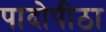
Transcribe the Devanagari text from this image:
पादोपीठा